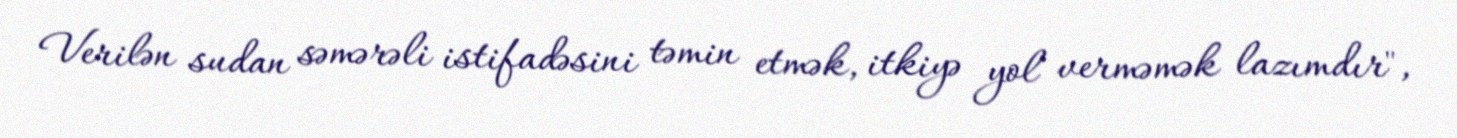
Verilən sudan səmərəli istifadəsini təmin etmək, itkiyə yol verməmək lazımdır",